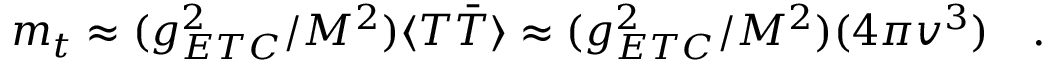
m _ { t } \approx ( g _ { E T C } ^ { 2 } / M ^ { 2 } ) \langle T \bar { T } \rangle \approx ( g _ { E T C } ^ { 2 } / M ^ { 2 } ) ( 4 \pi v ^ { 3 } ) \ \ \ .